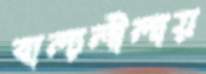
বাল্যলীলায়